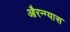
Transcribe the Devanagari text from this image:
औरन्ग्यास